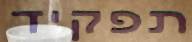
תפקיד